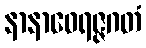
နာနာဝေရဇ္ဇဂတံ